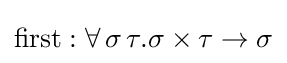
\mathrm {first} :\forall \,\sigma \,\tau .\sigma \times \tau \to \sigma